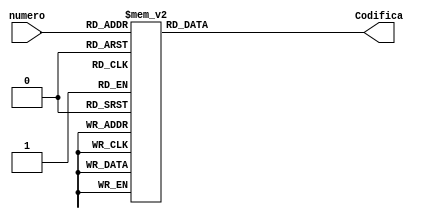
`timescale 1ns / 1ps
//////////////////////////////////////////////////////////////////////////////////
// Company: 
// Engineer: 
// 
// Design Name: 
// Module Name:    Codificadorsietesegmentos 
// Project Name: 
// Target Devices: 
// Tool versions: 
// Description: 
//
// Dependencies: 
//
// Revision: 
// Revision 0.01 - File Created
// Additional Comments: 
//
//////////////////////////////////////////////////////////////////////////////////
module Codificadorsietesegmentos(numero,Codifica);
		input [3:0] numero;
      output reg [6:0] Codifica;
		
		reg[6:0] Codificar;

always@(*)
begin 
case(numero)
				                     /*   abcdefg*/
				4'b0000 : Codificar  = 7'b0000001;//0
				4'b0001 : Codificar  = 7'b1001111;//1
				4'b0010 : Codificar  = 7'b0010010;//2
				4'b0011 : Codificar  = 7'b0000110;//3
				4'b0100 : Codificar  = 7'b1001100;//4
				4'b0101 : Codificar  = 7'b0100100;//5
				4'b0110 : Codificar  = 7'b0100000;//6
				4'b0111 : Codificar  = 7'b0001111;//7
				4'b1000 : Codificar  = 7'b0000000;//8
				4'b1001 : Codificar  = 7'b0000100;//9
				4'b1010 : Codificar  = 7'b0001000;//A
				4'b1011 : Codificar  = 7'b1100000;//B
				4'b1100 : Codificar  = 7'b0110001;//C
				4'b1101 : Codificar  = 7'b1000010;//D
				4'b1110 : Codificar  = 7'b0110000;//E
				4'b1111 : Codificar  = 7'b0111000;//F
				default Codificar =7'bxxxxxxx;
				
				endcase
				
				Codifica = Codificar;
end
   


endmodule